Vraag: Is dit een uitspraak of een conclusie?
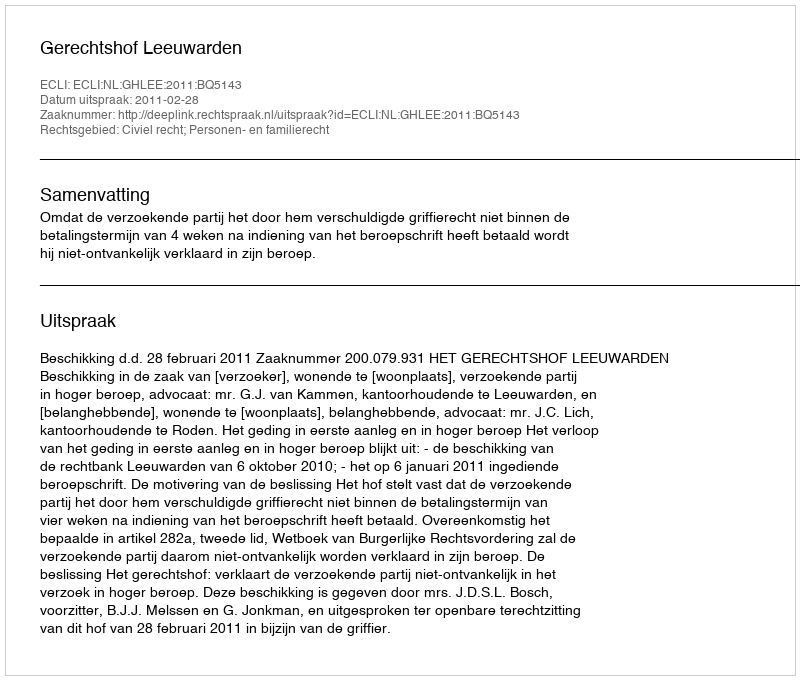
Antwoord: Uitspraak